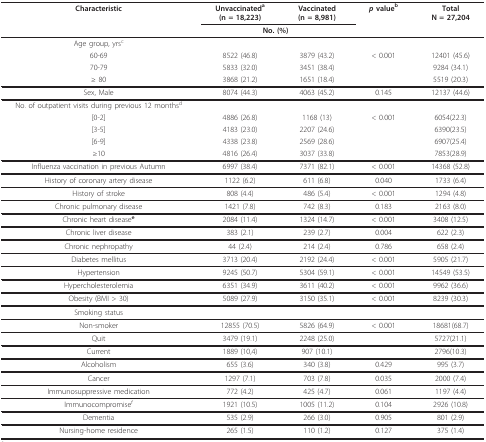
<table><thead><tr><td><b>Characteristic</b></td><td><b>Unvaccinated<sup>a</sup>(n = 18,223)</b></td><td><b>Vaccinated(n = 8,981)</b></td><td><b><i>p </i>value<sup>b</sup></b></td><td><b>TotalN = 27,204</b></td></tr><tr><td></td><td colspan="2"><b>No. (%)</b></td><td></td><td></td></tr></thead><tbody><tr><td>Age group, yrs<sup>c</sup></td><td></td><td></td><td></td><td></td></tr><tr><td>60-69</td><td>8522 (46.8)</td><td>3879 (43.2)</td><td>&lt; 0.001</td><td>12401 (45.6)</td></tr><tr><td>70-79</td><td>5833 (32.0)</td><td>3451 (38.4)</td><td></td><td>9284 (34.1)</td></tr><tr><td>≥ 80</td><td>3868 (21.2)</td><td>1651 (18.4)</td><td></td><td>5519 (20.3)</td></tr><tr><td>Sex, Male</td><td>8074 (44.3)</td><td>4063 (45.2)</td><td>0.145</td><td>12137 (44.6)</td></tr><tr><td>No. of outpatient visits during previous 12 months<sup>d</sup></td><td></td><td></td><td></td><td></td></tr><tr><td>[0-2]</td><td>4886 (26.8)</td><td>1168 (13)</td><td>&lt; 0.001</td><td>6054(22.3)</td></tr><tr><td>[3-5]</td><td>4183 (23.0)</td><td>2207 (24.6)</td><td></td><td>6390(23.5)</td></tr><tr><td>[6-9]</td><td>4338 (23.8)</td><td>2569 (28.6)</td><td></td><td>6907(25.4)</td></tr><tr><td>≥10</td><td>4816 (26.4)</td><td>3037 (33.8)</td><td></td><td>7853(28.9)</td></tr><tr><td>Influenza vaccination in previous Autumn</td><td>6997 (38.4)</td><td>7371 (82.1)</td><td>&lt; 0.001</td><td>14368 (52.8)</td></tr><tr><td>History of coronary artery disease</td><td>1122 (6.2)</td><td>611 (6.8)</td><td>0.040</td><td>1733 (6.4)</td></tr><tr><td>History of stroke</td><td>808 (4.4)</td><td>486 (5.4)</td><td>&lt; 0.001</td><td>1294 (4.8)</td></tr><tr><td>Chronic pulmonary disease</td><td>1421 (7.8)</td><td>742 (8.3)</td><td>0.183</td><td>2163 (8.0)</td></tr><tr><td>Chronic heart disease<b><sup>e</sup></b></td><td>2084 (11.4)</td><td>1324 (14.7)</td><td>&lt; 0.001</td><td>3408 (12.5)</td></tr><tr><td>Chronic liver disease</td><td>383 (2.1)</td><td>239 (2.7)</td><td>0.004</td><td>622 (2.3)</td></tr><tr><td>Chronic nephropathy</td><td>44 (2.4)</td><td>214 (2.4)</td><td>0.786</td><td>658 (2.4)</td></tr><tr><td>Diabetes mellitus</td><td>3713 (20.4)</td><td>2192 (24.4)</td><td>&lt; 0.001</td><td>5905 (21.7)</td></tr><tr><td>Hypertension</td><td>9245 (50.7)</td><td>5304 (59.1)</td><td>&lt; 0.001</td><td>14549 (53.5)</td></tr><tr><td>Hypercholesterolemia</td><td>6351 (34.9)</td><td>3611 (40.2)</td><td>&lt; 0.001</td><td>9962 (36.6)</td></tr><tr><td>Obesity (BMI &gt; 30)</td><td>5089 (27.9)</td><td>3150 (35.1)</td><td>&lt; 0.001</td><td>8239 (30.3)</td></tr><tr><td>Smoking status</td><td></td><td></td><td></td><td></td></tr><tr><td>Non-smoker</td><td>12855 (70.5)</td><td>5826 (64.9)</td><td>&lt; 0.001</td><td>18681(68.7)</td></tr><tr><td>Quit</td><td>3479 (19.1)</td><td>2248 (25.0)</td><td></td><td>5727(21.1)</td></tr><tr><td>Current</td><td>1889 (10,4)</td><td>907 (10.1)</td><td></td><td>2796(10.3)</td></tr><tr><td>Alcoholism</td><td>655 (3.6)</td><td>340 (3.8)</td><td>0.429</td><td>995 (3.7)</td></tr><tr><td>Cancer</td><td>1297 (7.1)</td><td>703 (7.8)</td><td>0.035</td><td>2000 (7.4)</td></tr><tr><td>Immunosuppressive medication</td><td>772 (4.2)</td><td>425 (4.7)</td><td>0.061</td><td>1197 (4.4)</td></tr><tr><td>Immunocompromise<sup>f</sup></td><td>1921 (10.5)</td><td>1005 (11.2)</td><td>0.104</td><td>2926 (10.8)</td></tr><tr><td>Dementia</td><td>535 (2.9)</td><td>266 (3.0)</td><td>0.905</td><td>801 (2.9)</td></tr><tr><td>Nursing-home residence</td><td>265 (1.5)</td><td>110 (1.2)</td><td>0.127</td><td>375 (1.4)</td></tr></tbody></table>